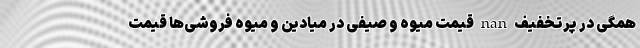
همگی در پرتخفیف nan قیمت میوه و صیفی در میادین و میوه فروشی‌ها قیمت